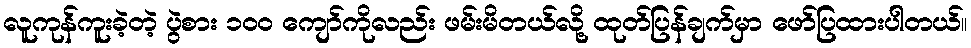
လူကုန်ကူးခဲ့တဲ့ ပွဲစား ၁၀၀ ကျော်ကိုလည်း ဖမ်းမိတယ်လို့ ထုတ်ပြန်ချက်မှာ ဖော်ပြထားပါတယ်။